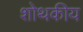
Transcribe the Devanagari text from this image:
शोथकीय